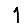
Digit: 1